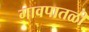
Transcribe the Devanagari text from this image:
गावपातळी